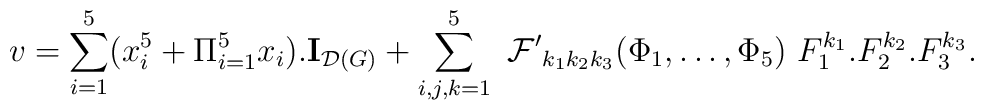
v=\sum_{i=1}^{5}(x_{i}^{5}+\Pi _{i=1}^{5}x_{i}).{\bf I}_{{\cal D}\left(G\right) }+\sum_{i,j,k=1}^{5}\ {\cal F^{\prime }}_{k_{1}k_{2}k_{3}}(\Phi_{1},\dots ,\Phi _{5})\ F_{1}^{k_{1}}.F_{2}^{k_{2}}.F_{3}^{k_{3}}.